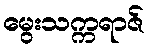
မွေးသက္ကရာဇ်